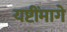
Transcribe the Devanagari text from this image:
यष्टींमागे